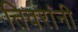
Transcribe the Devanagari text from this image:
तिवरांनी